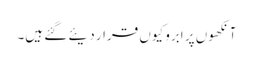
آنکھوں پر اَبرو کیوں قرار دیئے گئے ہیں۔